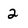
Character: 2